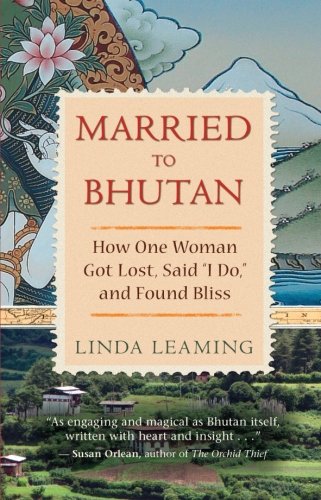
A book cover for Married to Bhutan: How One Woman Got Lost, Said "I Do," and Found Bliss; Linda Leaming; Travel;